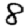
Digit: 8